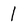
Character: I